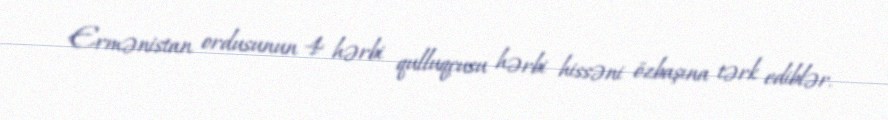
Ermənistan ordusunun 4 hərbi qulluqçusu hərbi hissəni özbaşına tərk ediblər.